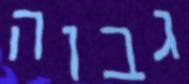
גבוה